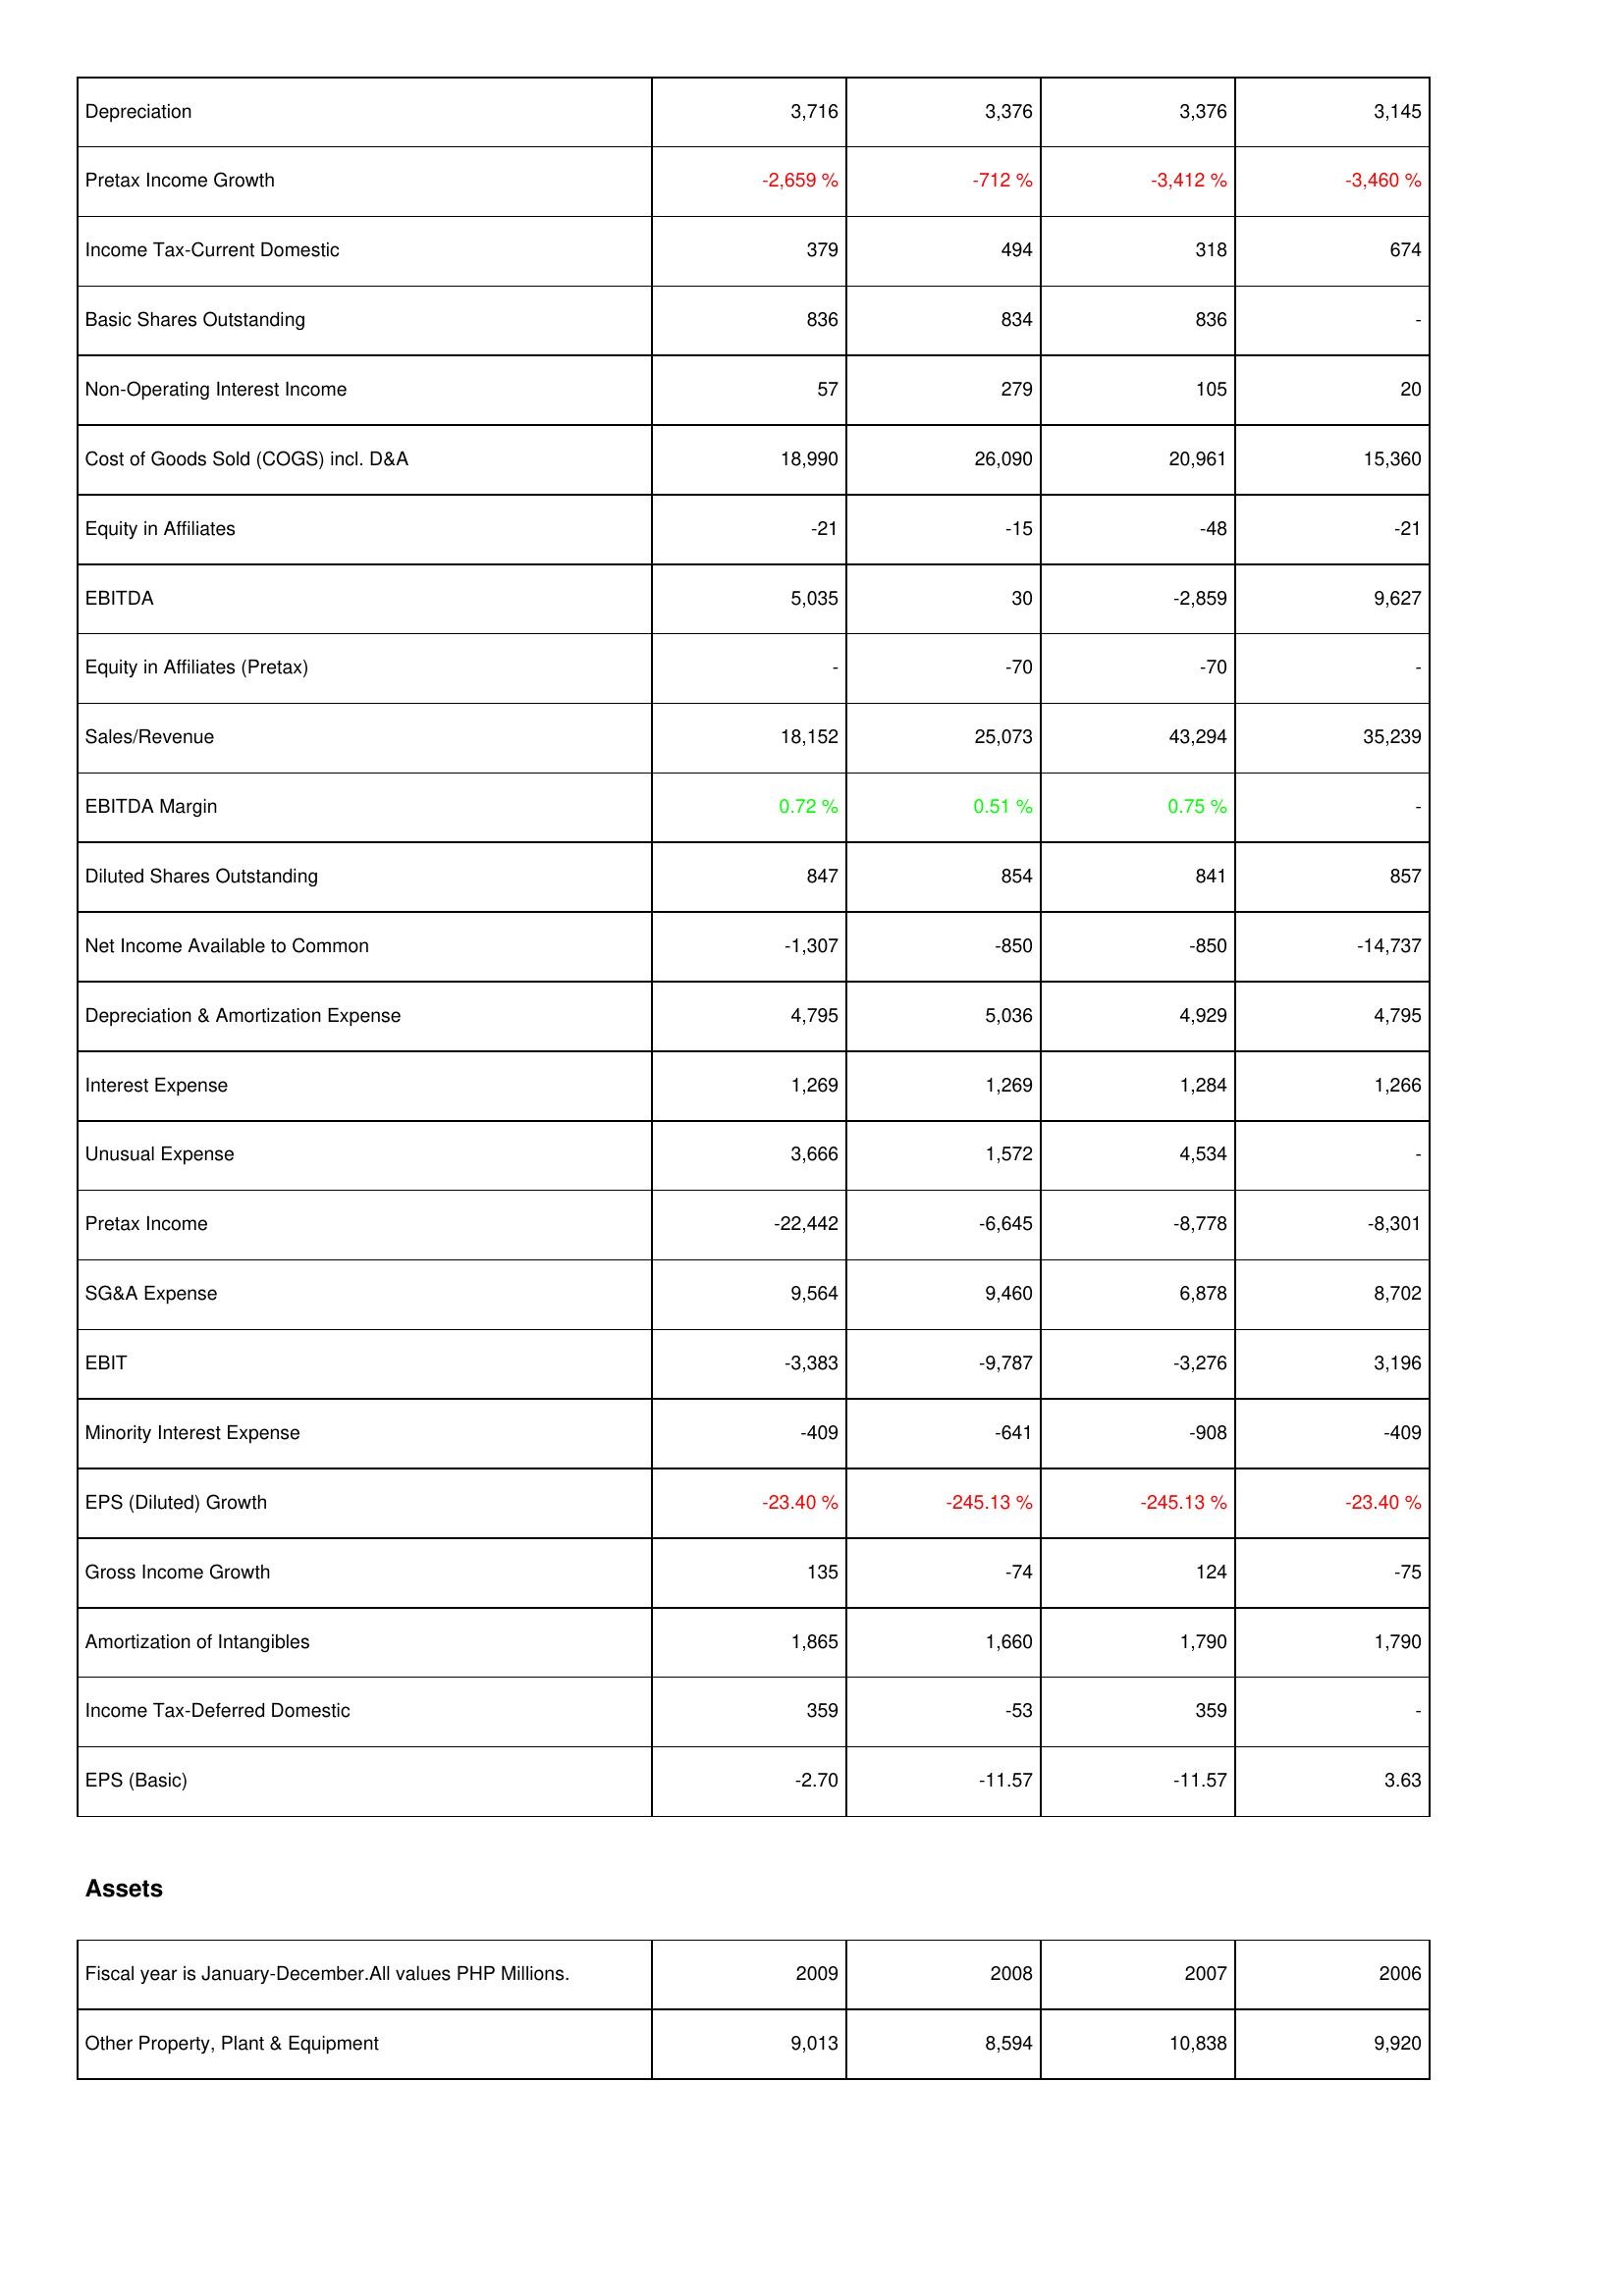
2009: Income Statement: Depreciation: 3,716
Pretax Income Growth: -2,659 %
Income Tax-Current Domestic: 379
Basic Shares Outstanding: 836
Non-Operating Interest Income: 57
Cost of Goods Sold (COGS) incl. D&A: 18,990
Equity in Affiliates: -21
EBITDA: 5,035
Equity in Affiliates (Pretax): -
Sales/Revenue: 18,152
EBITDA Margin: 0.72 %
Diluted Shares Outstanding: 847
Net Income Available to Common: -1,307
Depreciation & Amortization Expense: 4,795
Interest Expense: 1,269
Unusual Expense: 3,666
Pretax Income: -22,442
SG&A Expense: 9,564
EBIT: -3,383
Minority Interest Expense: -409
EPS (Diluted) Growth: -23.40 %
Gross Income Growth: 135
Amortization of Intangibles: 1,865
Income Tax-Deferred Domestic: 359
EPS (Basic): -2.70
Assets: Other Property, Plant & Equipment: 9,013
2008: Income Statement: Depreciation: 3,376
Pretax Income Growth: -712 %
Income Tax-Current Domestic: 494
Basic Shares Outstanding: 834
Non-Operating Interest Income: 279
Cost of Goods Sold (COGS) incl. D&A: 26,090
Equity in Affiliates: -15
EBITDA: 30
Equity in Affiliates (Pretax): -70
Sales/Revenue: 25,073
EBITDA Margin: 0.51 %
Diluted Shares Outstanding: 854
Net Income Available to Common: -850
Depreciation & Amortization Expense: 5,036
Interest Expense: 1,269
Unusual Expense: 1,572
Pretax Income: -6,645
SG&A Expense: 9,460
EBIT: -9,787
Minority Interest Expense: -641
EPS (Diluted) Growth: -245.13 %
Gross Income Growth: -74
Amortization of Intangibles: 1,660
Income Tax-Deferred Domestic: -53
EPS (Basic): -11.57
Assets: Other Property, Plant & Equipment: 8,594
2007: Income Statement: Depreciation: 3,376
Pretax Income Growth: -3,412 %
Income Tax-Current Domestic: 318
Basic Shares Outstanding: 836
Non-Operating Interest Income: 105
Cost of Goods Sold (COGS) incl. D&A: 20,961
Equity in Affiliates: -48
EBITDA: -2,859
Equity in Affiliates (Pretax): -70
Sales/Revenue: 43,294
EBITDA Margin: 0.75 %
Diluted Shares Outstanding: 841
Net Income Available to Common: -850
Depreciation & Amortization Expense: 4,929
Interest Expense: 1,284
Unusual Expense: 4,534
Pretax Income: -8,778
SG&A Expense: 6,878
EBIT: -3,276
Minority Interest Expense: -908
EPS (Diluted) Growth: -245.13 %
Gross Income Growth: 124
Amortization of Intangibles: 1,790
Income Tax-Deferred Domestic: 359
EPS (Basic): -11.57
Assets: Other Property, Plant & Equipment: 10,838
2006: Income Statement: Depreciation: 3,145
Pretax Income Growth: -3,460 %
Income Tax-Current Domestic: 674
Basic Shares Outstanding: -
Non-Operating Interest Income: 20
Cost of Goods Sold (COGS) incl. D&A: 15,360
Equity in Affiliates: -21
EBITDA: 9,627
Equity in Affiliates (Pretax): -
Sales/Revenue: 35,239
EBITDA Margin: -
Diluted Shares Outstanding: 857
Net Income Available to Common: -14,737
Depreciation & Amortization Expense: 4,795
Interest Expense: 1,266
Unusual Expense: -
Pretax Income: -8,301
SG&A Expense: 8,702
EBIT: 3,196
Minority Interest Expense: -409
EPS (Diluted) Growth: -23.40 %
Gross Income Growth: -75
Amortization of Intangibles: 1,790
Income Tax-Deferred Domestic: -
EPS (Basic): 3.63
Assets: Other Property, Plant & Equipment: 9,920